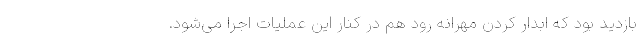
بازدید بود که ابدار کردن مهرانه رود هم در کنار این عملیات اجرا می‌شود.